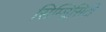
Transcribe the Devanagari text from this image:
सिम्प्लिसिटी